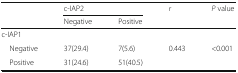
| <ROWSPAN=2>  | <COLSPAN=2> c-IAP2 | <ROWSPAN=2> r | <ROWSPAN=2> P value |
 | Negative | Positive |
 | --- | --- | --- | --- | --- |
 | <COLSPAN=5> c-IAP1 |
 | Negative | 37(29.4) | 7(5.6) | 0.443 | <0.001 |
 | Positive | 31(24.6) | 51(40.5) |  |  |